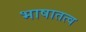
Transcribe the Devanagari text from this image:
भाषातत्व